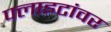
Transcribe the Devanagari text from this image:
फ्लाइटांवर